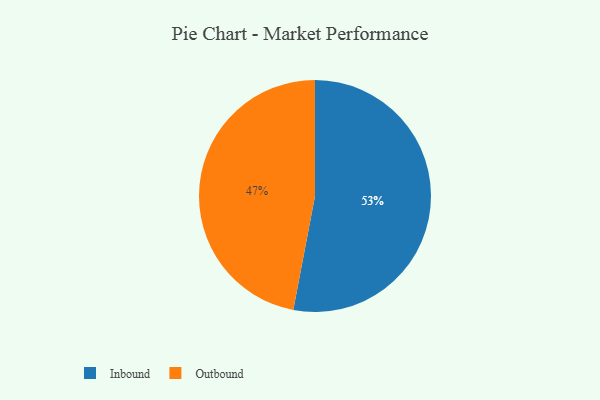
{"axis": {"x": "Category", "y": "Percentage"}, "legend": ["Inbound", "Outbound"], "data": [{"x": "Inbound", "y": 53, "type": "Inbound"}, {"x": "Outbound", "y": 47, "type": "Outbound"}]}